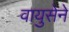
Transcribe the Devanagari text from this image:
वायुसेने